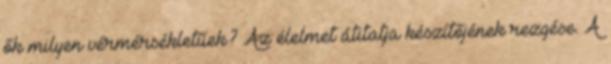
ők milyen vérmérsékletűek? Az élelmet átitatja készítőjének rezgése. A